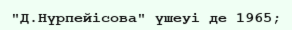
"Д.Нүрпейісова" үшеуі де 1965;